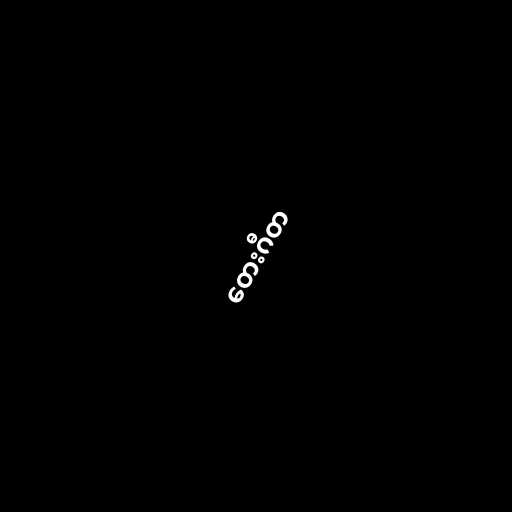
တေးဂီတ